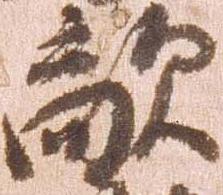
敵